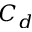
C _ { d }